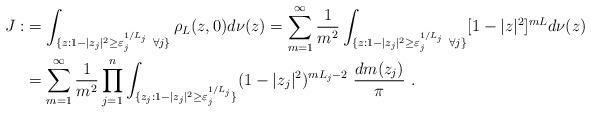
LaTeX: \begin{align*} J:&=\int_{\{z: 1-|z_j|^2 \geq\varepsilon_{j}^{1/L_j}\ \forall j\}} \rho_L(z,0) d\nu(z)=\sum_{m=1}^\infty\frac 1{m^2} \int_{\{z: 1-|z_j|^2 \geq\varepsilon_{j}^{1/L_j}\ \forall j\}} [1-|z|^2]^{mL} d\nu(z)\\ &=\sum_{m=1}^\infty\frac 1{m^2} \prod_{j=1}^n \int_{\{z_j: 1-|z_j|^2 \geq\varepsilon_{j}^{1/L_j}\}} (1-|z_j|^2)^{mL_j-2}\ \frac{dm(z_j)}{\pi}\ .\end{align*}